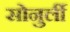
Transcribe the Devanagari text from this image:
सोनुर्ली